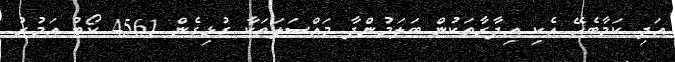
އަދި ކަމާބެހޭ އެކި އިދާރާތަކުން ބަލަމުންދާ މައްސަލަތަކާ ގުޅިގެން 4561 ކޯޓު އަމުރު